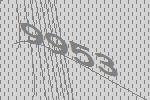
9953